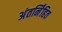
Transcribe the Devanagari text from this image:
अंतर्नि॑हित